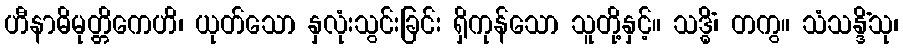
ဟီနာဓိမုတ္တိကေဟိ၊ ယုတ်သော နှလုံးသွင်းခြင်း ရှိကုန်သော သူတို့နှင့်။ သဒ္ဓိံ၊ တကွ။ သံသန္ဒိံသု၊